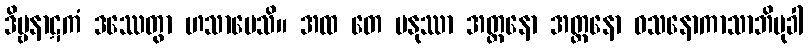
ဒိဗ္ဗနာဋကံ ဒဿေတွာ ဟသာပေသိ။ အထ တေ မနုဿာ အတ္တနော အတ္တနော ဝသနောကာသာဘိမုခါ